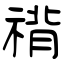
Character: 禙